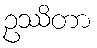
ဥဿိတာ